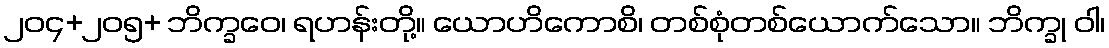
၂၀၄+၂၀၅+ ဘိက္ခဝေ၊ ရဟန်းတို့။ ယောဟိကောစိ၊ တစ်စုံတစ်ယောက်သော။ ဘိက္ခု ဝါ၊